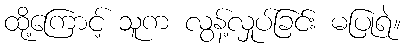
ထို့ကြောင့် သူက လွန့်လှုပ်ခြင်း မပြုရဲ။